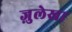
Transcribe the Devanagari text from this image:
ज़ुलेखा